Civil Veterinary Department Bihar & Orissa reports 1911-21 - 1911-1921
Year: 1911
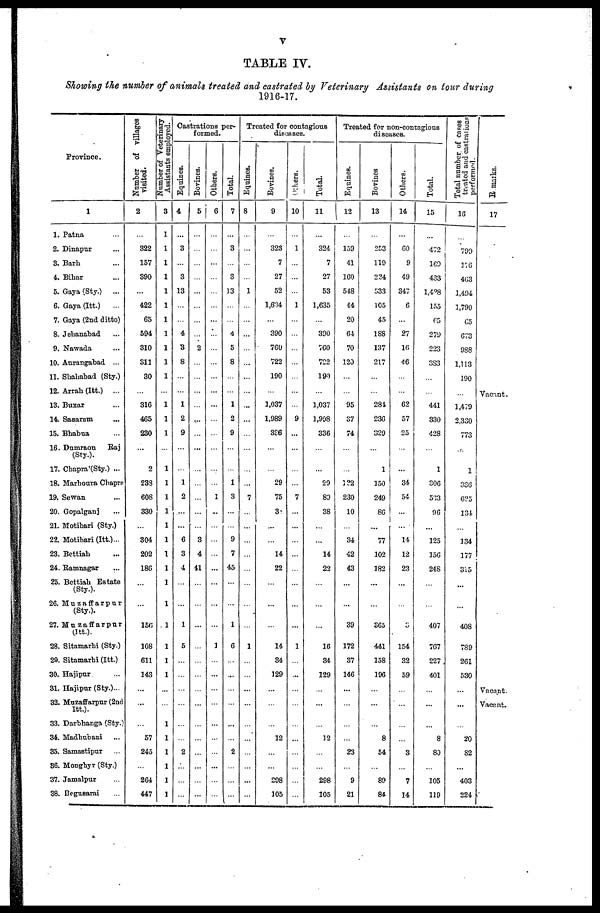
V
TABLE IV.
Showing the number of animals treated, and castrated by Veterinary Assistants on tour during
1916-17.
Province.
1
1. Patna ...
2. Dinapur ...
3. Barh ...
4. Bihar
5. Gaya (Sty.)
...
6. Gaya (Itt.) ...
7. Gaya (2nd ditto)
8. Jehanabad
9. Nawada
10. Aurangabad ...
11. Shahabad (Sty.)
12. Arrah (Itt.) ...
13. Buxar ...
14. Sasaram ...
15. Bhabua ...
16. Dumraon Raj
(Sty.).
17. Chapra'(Sty.) ...
18. Marhoura Chapra
19. Sewan ...
20. Gopalganj
21. Motihari (Sty.)
22. Motihari (Itt.) ...
23. Bettiah ...
24. Ramnagar ...
25. Bettiah Estate.
(Sty.).
26. Muzaffarpur
(Sty.).
27. Muzaffarpur
Itt.).
28. Sitamarhi (Sty.)
29. Sitaraarhi (Itt.)
30. Hajipur ...
31. Hajipur (Sty.) ...
32. Muzaffarpur (2nd
Itt.).
33. Darbhanga (Sty.)
34. Madhubani ...
35. Samastipur ...
36. Monghyr (Sty.)
37. Jamalpur ...
38. Begusarai ...
Number of villages
visited.
2
...
322
157
390
422
65
594
310
311
30
...
316
465
230
...
2
233
608
330
...
304
202
186
...
...
156
108
611
143
...
...
...
57
245
...
264
447
Number of Veterinary
Assistants employed.
3
1
1
1
1
1
1
1
1
1
1
1
...
1
1
1
...
1
1
1
1
1
1
1
1
1
1
1
1
1
1
...
...
1
1
1
1
1
1
Castrations per-
formed.
Equines.
4
...
3
...
3
13
...
...
4
3
8
...
...
1
2
9
...
...
1
2
...
...
6
3
4
...
...
1
5
...
...
...
...
...
...
2
...
...
...
Bovines.
5
...
...
...
...
...
...
...
...
2
...
...
...
...
...
...
...
...
...
...
...
...
3
4
41
...
...
...
...
...
...
...
...
...
...
...
...
...
...
Others.
6
...
...
...
...
...
...
...
...
...
...
...
...
...
...
...
...
...
...
1
...
...
...
...
...
...
...
...
1
...
...
...
...
...
...
...
...
...
...
I Total.
7
...
3
...
3
13
...
...
4
5
8
...
...
1
2
9
1
3
...
...
9
7
45
...
...
1
6
...
...
...
...
...
...
2
Treated for contagious
diseases.
Equines.
8
...
...
...
...
1
...
...
...
...
...
...
...
...
...
...
...
...
...
7
...
...
...
...
...
...
...
...
1
...
...
...
...
...
...
...
...
...
Bovines.
9
...
323
7
27
52
1,634
...
390
760
722
190
...
1,037
1,989
336
...
...
29
75
3
...
...
14
22
...
...
...
14
34
129
...
...
...
12
...
...
298
105
Others.
10
...
1
...
...
...
1
...
...
...
...
...
...
...
9
...
...
...
...
7
...
...
...
...
...
...
...
...
1
...
...
...
...
...
...
...
...
Total.
11
...
324
7
27
53
1,635
...
390
760
722
190
...
1,037
1,998
336
...
...
29
89
38
...
...
14
22
...
...
...
16
34
129
...
...
...
12
...
...
298
105
Treated for non-contagious
diseases.
Equines.
12
...
159
41
160
548
14
20
64
70
120
...
...
95
37
74
...
...
122
230
10
...
34
42
43
...
...
39
172
37
146
...
...
...
...
23
...
9
21
Bovines
13
...
253
119
224
533
105
45
188
137
217
...
...
281
236
329
...
1
150
249
86
...
77
102
182
...
...
365
441
158
196
...
...
...
8
54
...
89
84
Others.
14
...
60
9
49
347
6
...
21
16
46
...
...
62
57
25
...
...
34
54
...
...
14
12
23
...
...
3
154
32
59
...
...
...
...
3
...
7
14
Total.
15
...
472
169
433
1,428
155
65
279
223
3S3
...
...
441
330
428
...
1
306
533
96
...
125
156
248
...
...
407
767
227
401
...
...
...
8
80
...
105
119
Total number of cases
treated and castrations
performod.
16
799
176
463
1,494
1,790
C5
673
988
1,113
190
1,479
2,330
773
...
1
336
6?5
134
...
134
177
315
...
...
408
789
261
530
...
...
...
20
82
...
403
224
Remarks.
17
Vacant.
Vacant.
Vacant.